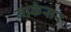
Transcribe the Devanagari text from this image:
नाकेसर